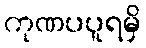
ကုဏပပူရမှိ